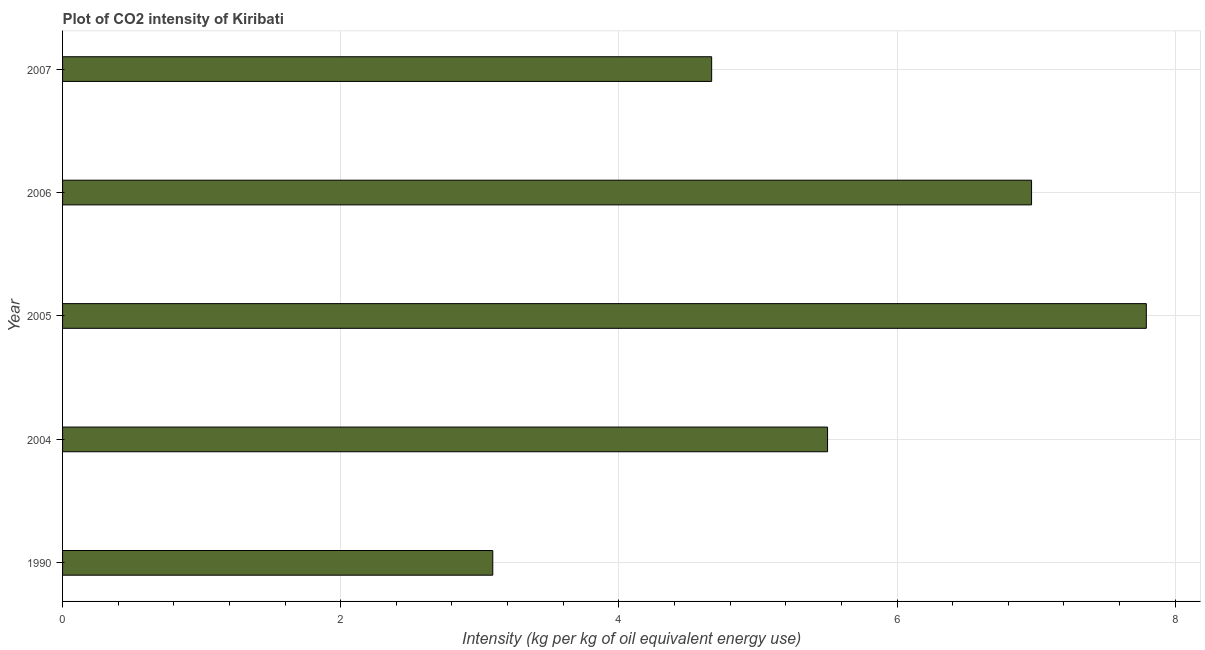
| Year | CO2 intensity |
 | --- | --- |
 | 1990 | 3.09 |
 | 2004 | 5.5 |
 | 2005 | 7.79 |
 | 2006 | 6.97 |
 | 2007 | 4.67 |